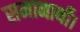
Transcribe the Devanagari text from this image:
समानार्थी।